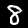
Label: 8